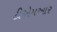
ટીએમઆર